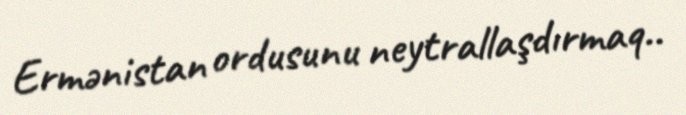
Ermənistan ordusunu neytrallaşdırmaq..